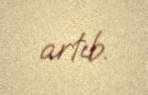
artıb.